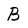
Character: B